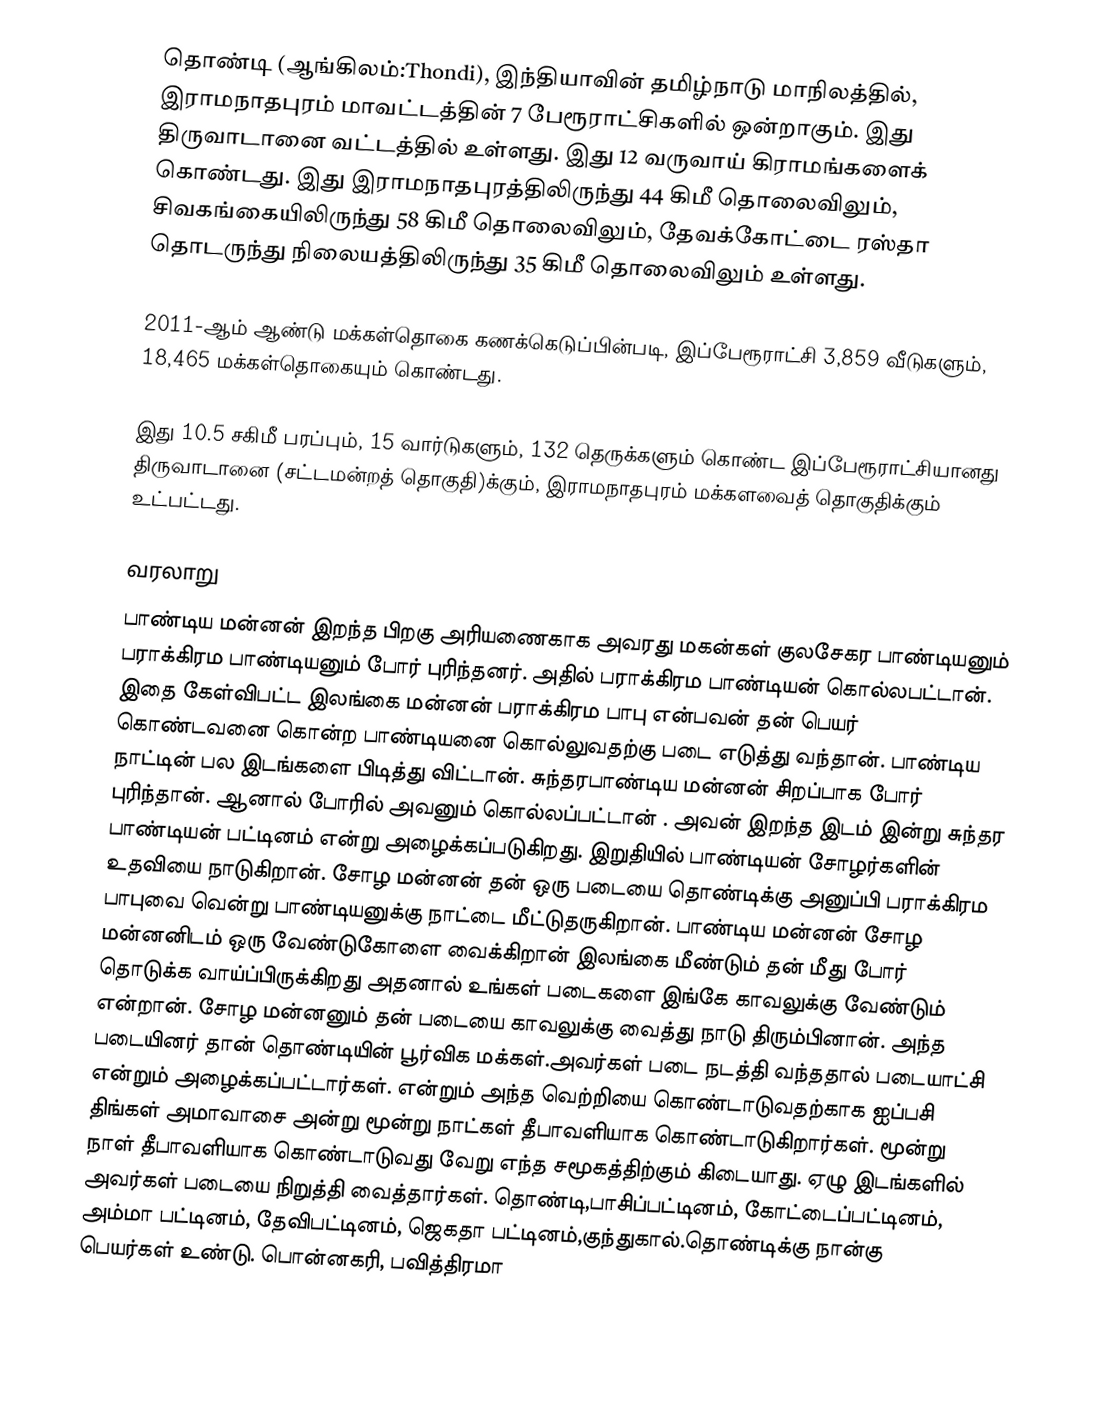
தொண்டி (ஆங்கிலம்:Thondi), இந்தியாவின் தமிழ்நாடு மாநிலத்தில், இராமநாதபுரம் மாவட்டத்தின் 7 பேரூராட்சிகளில் ஒன்றாகும். இது திருவாடானை வட்டத்தில் உள்ளது. இது 12 வருவாய் கிராமங்களைக் கொண்டது.  இது இராமநாதபுரத்திலிருந்து 44 கிமீ தொலைவிலும், சிவகங்கையிலிருந்து 58 கிமீ தொலைவிலும், தேவக்கோட்டை ரஸ்தா தொடருந்து நிலையத்திலிருந்து 35 கிமீ தொலைவிலும் உள்ளது.

2011-ஆம் ஆண்டு மக்கள்தொகை கணக்கெடுப்பின்படி,   இப்பேரூராட்சி   3,859  வீடுகளும், 18,465   மக்கள்தொகையும் கொண்டது.

இது 10.5 சகிமீ பரப்பும்,   15 வார்டுகளும், 132 தெருக்களும் கொண்ட  இப்பேரூராட்சியானது  திருவாடானை (சட்டமன்றத் தொகுதி)க்கும், இராமநாதபுரம் மக்களவைத் தொகுதிக்கும் உட்பட்டது.

வரலாறு
பாண்டிய மன்னன் இறந்த பிறகு அரியணைகாக அவரது மகன்கள் குலசேகர பாண்டியனும் பராக்கிரம பாண்டியனும் போர் புரிந்தனர். அதில் பராக்கிரம பாண்டியன் கொல்லபட்டான். இதை கேள்விபட்ட இலங்கை மன்னன் பராக்கிரம பாபு என்பவன் தன் பெயர் கொண்டவனை கொன்ற பாண்டியனை கொல்லுவதற்கு படை எடுத்து வந்தான். பாண்டிய நாட்டின் பல இடங்களை பிடித்து விட்டான். சுந்தரபாண்டிய மன்னன் சிறப்பாக போர் புரிந்தான். ஆனால் போரில் அவனும் கொல்லப்பட்டான் . அவன் இறந்த இடம் இன்று  சுந்தர பாண்டியன் பட்டினம் என்று அழைக்கப்படுகிறது.  இறுதியில்  பாண்டியன் சோழர்களின் உதவியை நாடுகிறான். சோழ மன்னன் தன் ஒரு படையை தொண்டிக்கு அனுப்பி பராக்கிரம  பாபுவை வென்று பாண்டியனுக்கு நாட்டை மீட்டுதருகிறான். பாண்டிய மன்னன் சோழ மன்னனிடம் ஒரு வேண்டுகோளை வைக்கிறான் இலங்கை மீண்டும் தன் மீது போர் தொடுக்க வாய்ப்பிருக்கிறது  அதனால் உங்கள் படைகளை இங்கே காவலுக்கு வேண்டும் என்றான். சோழ மன்னனும் தன் படையை காவலுக்கு வைத்து நாடு திரும்பினான். அந்த படையினர் தான் தொண்டியின் பூர்விக மக்கள்.அவர்கள் படை நடத்தி வந்ததால் படையாட்சி என்றும் அழைக்கப்பட்டார்கள். என்றும் அந்த வெற்றியை கொண்டாடுவதற்காக ஐப்பசி திங்கள் அமாவாசை அன்று மூன்று நாட்கள் தீபாவளியாக கொண்டாடுகிறார்கள். மூன்று நாள் தீபாவளியாக கொண்டாடுவது வேறு எந்த சமூகத்திற்கும் கிடையாது.  ஏழு இடங்களில் அவர்கள் படையை நிறுத்தி வைத்தார்கள். தொண்டி,பாசிப்பட்டினம், கோட்டைப்பட்டினம், அம்மா பட்டினம், தேவிபட்டினம், ஜெகதா பட்டினம்,குந்துகால்.தொண்டிக்கு நான்கு பெயர்கள் உண்டு. பொன்னகரி, பவித்திரமா